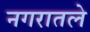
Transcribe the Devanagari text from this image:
नगरातले